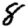
Digit: 8